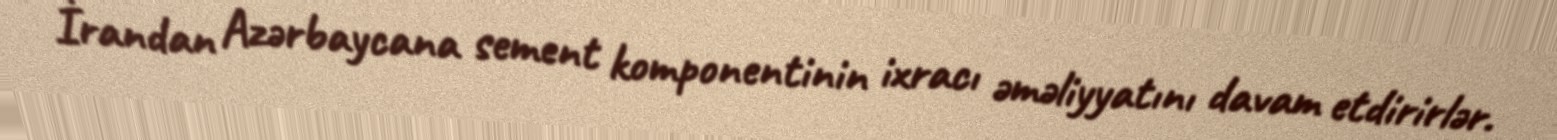
İrandan Azərbaycana sement komponentinin ixracı əməliyyatını davam etdirirlər.